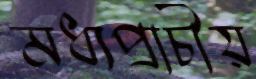
মধ্যপ্রাচীয়